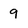
Character: 9